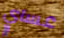
عساي